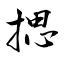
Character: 揌